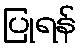
ပြုရန်